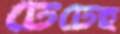
টেটেহ